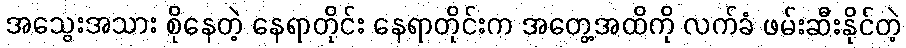
အသွေးအသား စိုနေတဲ့ နေရာတိုင်း နေရာတိုင်းက အတွေ့အထိကို လက်ခံ ဖမ်းဆီးနိုင်တဲ့